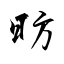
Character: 昉